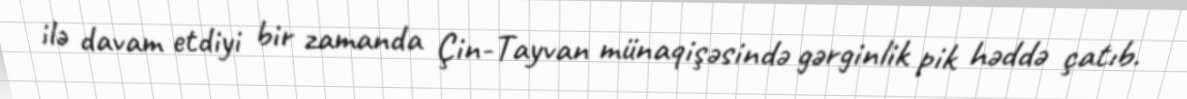
ilə davam etdiyi bir zamanda Çin-Tayvan münaqişəsində gərginlik pik həddə çatıb.